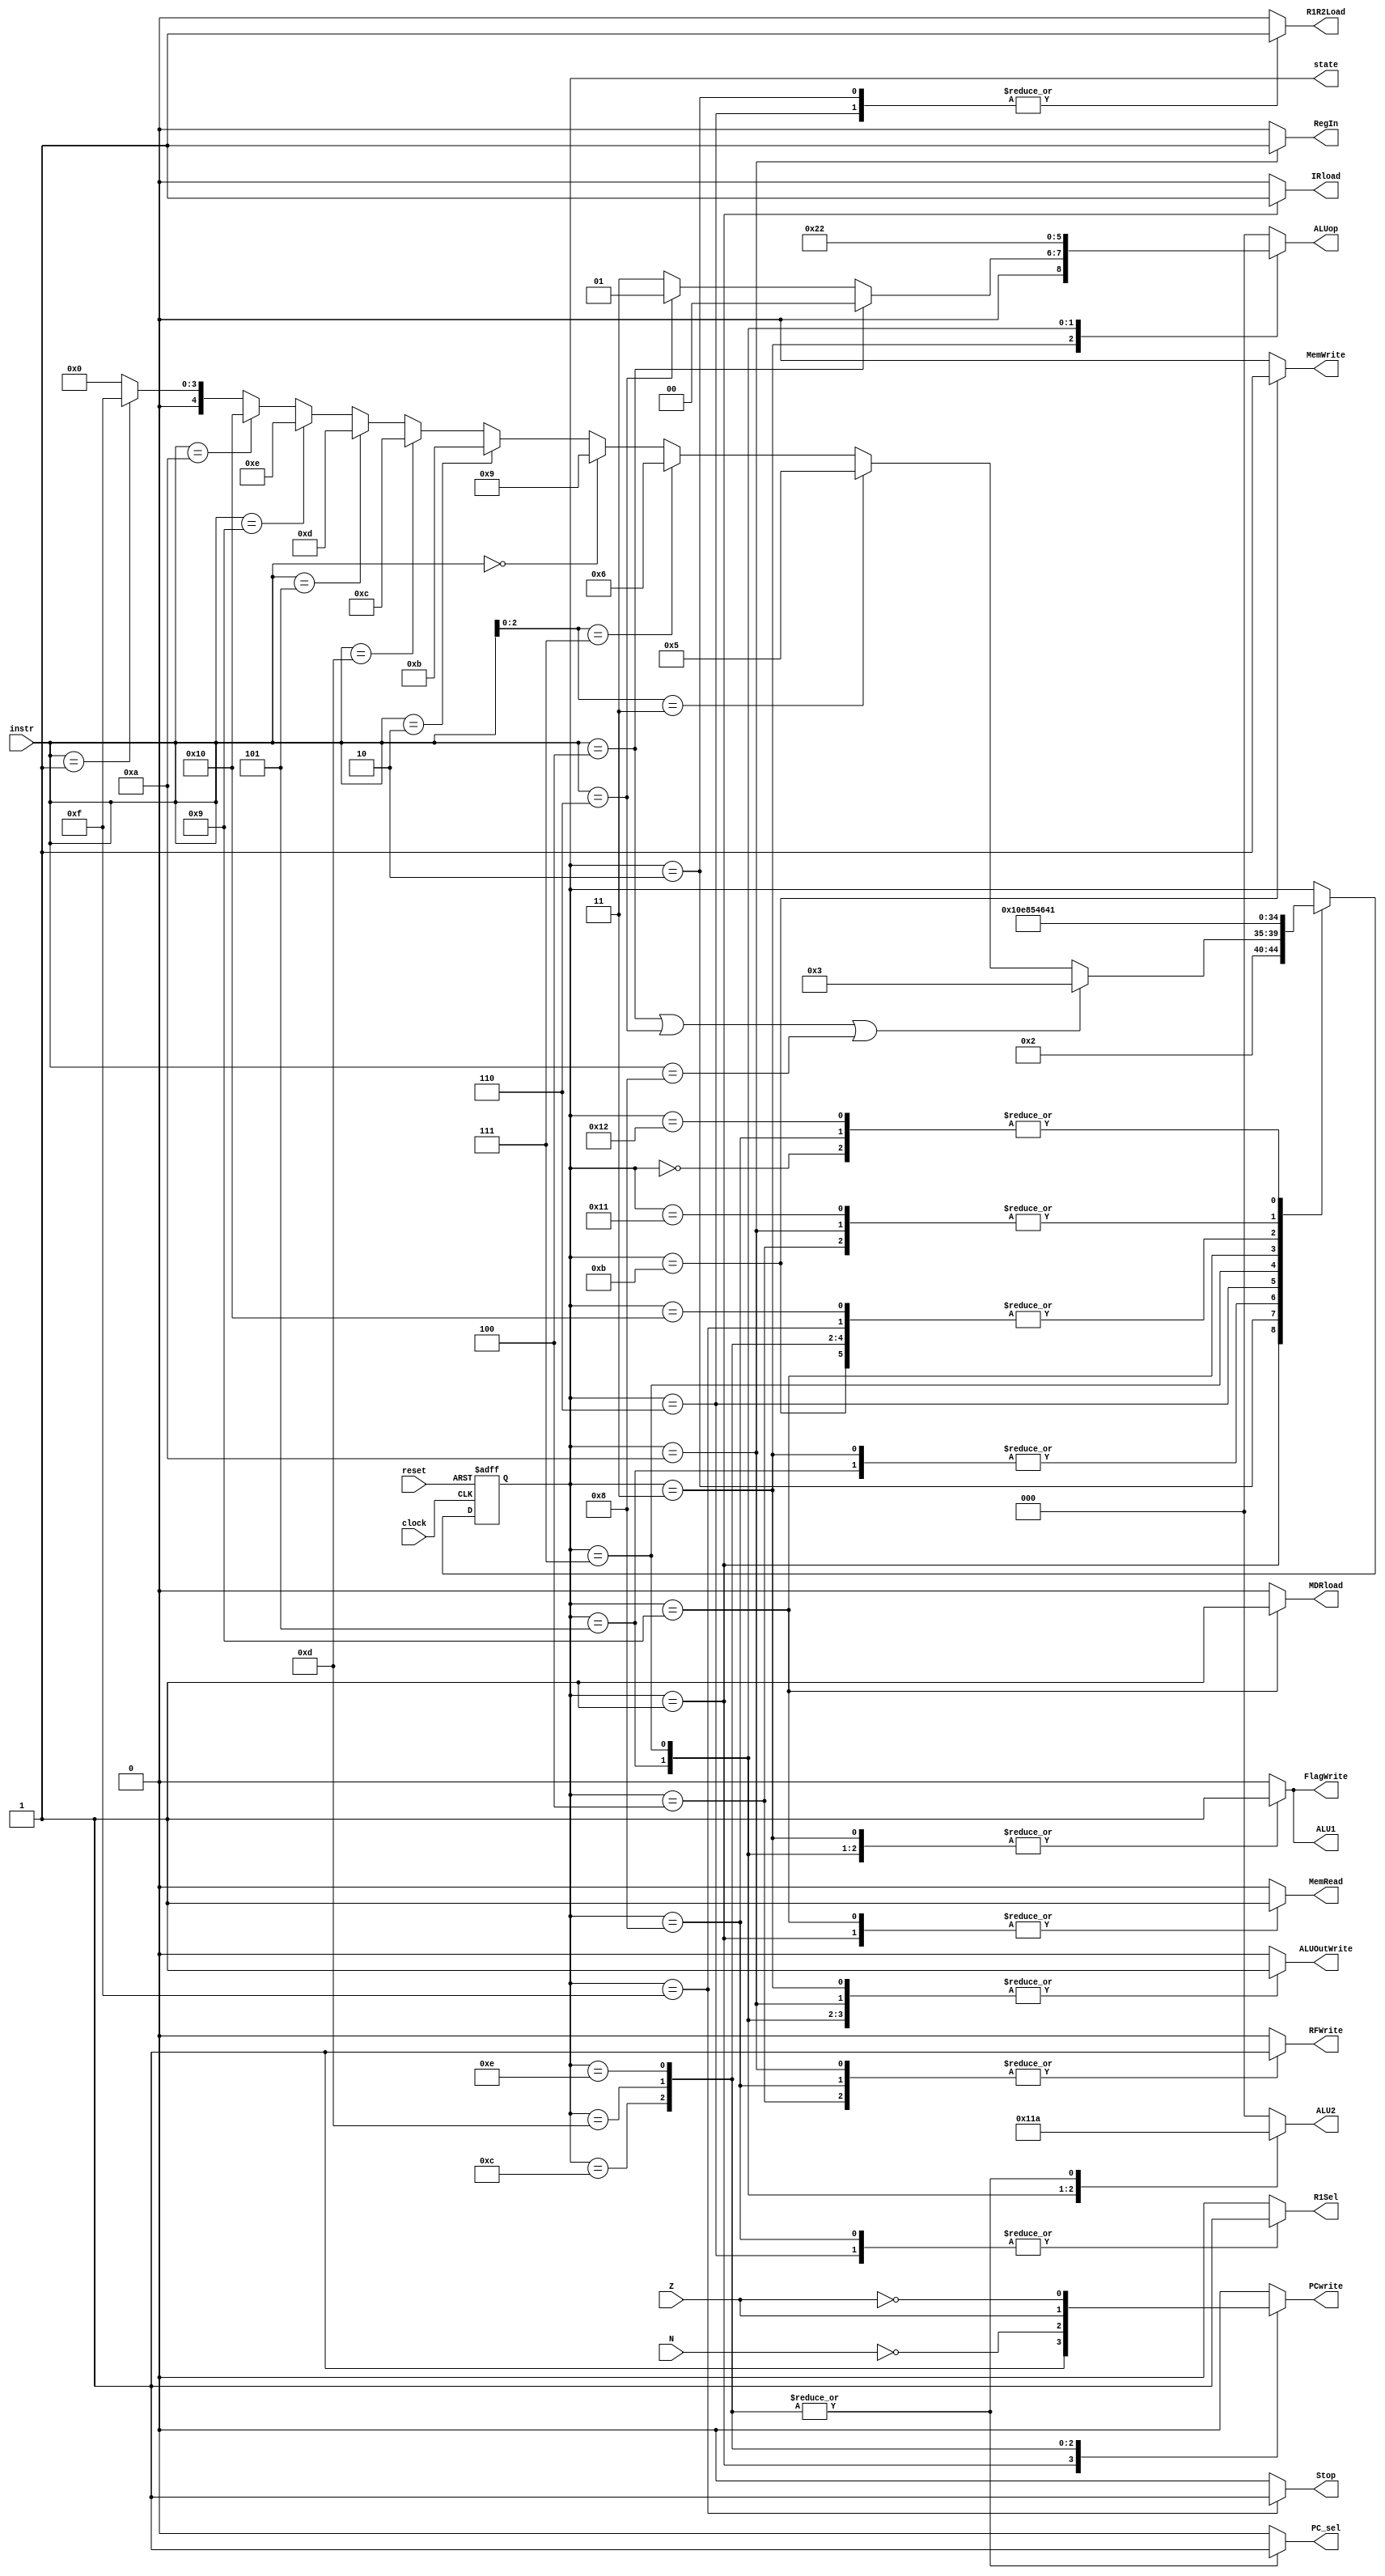
/******************************************************************************
 * Purpose: Implements the control of the multicycle processor. See project
 *    documentation for details.
 * Original file Copyright (c) 2007 by University of Toronto ECE 243
 * development team.
 *****************************************************************************/

module FSM (
    input reset, clock, N, Z,
    input [3:0] instr,
    output reg [4:0] state,
    output reg PCwrite, PC_sel, MemRead, MemWrite, IRload, R1Sel, MDRload, 
    output reg R1R2Load, ALU1, ALUOutWrite, RFWrite, RegIn, FlagWrite, Stop,
    output reg [2:0] ALU2, ALUop);

  /* The 4 bit number representing the state of the control. */
  //reg [4:0] state;
 
  /* state constants (note: asn = add/sub/nand, asnsh = add/sub/nand/shift) */
  parameter [4:0] reset_s = 0, c1 = 1, c2 = 2, c3_asn = 3, c4_asnsh = 4,
     c3_shift = 5, c3_ori = 6, c4_ori = 7, c5_ori = 8, c3_load = 9,
     c4_load = 10, c3_store = 11, c3_bpz = 12, c3_bz = 13, c3_bnz = 14, c3_stop = 15,
     c3_dummy = 16, c4_dummy = 17, c5_dummy = 18;
  
  /* Define constants for the different possible opcodes. */
  parameter [2:0] i_shift = 3, i_ori = 7;
  parameter [3:0] i_add = 4, i_subtract = 6, i_nand = 8, i_load = 0,
	  i_store = 2, i_bpz = 13, i_bz = 5, i_bnz = 9, i_nop = 10, i_stop = 1;

  /* Define constants for different ALU operation modes. */
  parameter [2:0] ALUop_add = 3'b000, ALUop_sub = 3'b001, ALUop_or = 3'b010,
      ALUop_nand = 3'b011, ALUop_shift = 3'b100;

  /* Define constants for the ALU1 mux inputs. */
  parameter [2:0] ALU2_R2 = 3'b000, ALU2_1 = 3'b001, ALU2_IMM4 = 3'b010,
      ALU2_IMM5 = 3'b011, ALU2_IMM3 = 3'b100;

  /* determines the next state based upon the current state; supports
   * asynchronous reset.
   */
  always @(posedge clock or posedge reset) begin
    if (reset)
      state = reset_s;
    else begin
      case(state)
        reset_s: state = c1; // reset state
        c1: state = c2; // cycle 1
        c2: begin // cycle 2
          if(instr == i_add | instr == i_subtract | instr == i_nand)
            state = c3_asn;
          else if(instr[2:0] == i_shift) state = c3_shift;
          else if(instr[2:0] == i_ori) state = c3_ori;
          else if(instr == i_load) state = c3_load;
          else if(instr == i_store) state = c3_store;
          else if(instr == i_bpz) state = c3_bpz;
          else if(instr == i_bz) state = c3_bz;
          else if(instr == i_bnz) state = c3_bnz;
			 else if(instr == i_nop) state = c3_dummy;
			 else if(instr == i_stop) state = c3_stop;
          else state = 0;
        end
        c3_asn: state = c4_asnsh; // cycle 3: ADD SUB NAND
        c4_asnsh: state = c5_dummy; // cycle 4: ADD SUB NAND/SHIFT
        c3_shift: state = c4_asnsh; // cycle 3: SHIFT
        c3_ori: state = c4_ori; // cycle 3: ORI
        c4_ori: state = c5_ori; // cycle 4: ORI
        c5_ori: state = c1; // cycle 5: ORI
        c3_load: state = c4_load; // cycle 3: LOAD
        c4_load: state = c5_dummy; // cycle 4: LOAD
        c3_store: state = c4_dummy; // cycle 3: STORE
        c3_bpz: state = c4_dummy; // cycle 3: BPZ
        c3_bz: state = c4_dummy; // cycle 3: BZ
        c3_bnz: state = c4_dummy; // cycle 3: BNZ
		  c3_stop: state = c4_dummy; // cycle 3: STOP
      c3_dummy: state = c4_dummy; // cycle 3: ANY
      c4_dummy: state = c5_dummy; // cycle 4: ANY
      c5_dummy: state = c1; // cycle 5: ANY
      endcase
    end
  end

  /* Set the control sequences based upon the current state and instruction. */
  always @(*) begin
    case (state)
      reset_s: begin //control = 19'b0000000000000000000;
        PC_sel = 0;
        PCwrite = 0;
        MemRead = 0;
        MemWrite = 0;
        IRload = 0;
        R1Sel = 0;
        MDRload = 0;
        R1R2Load = 0;
        ALU1 = 0;
        ALU2 = ALU2_R2;
        ALUop = ALUop_add;
        ALUOutWrite = 0;
        RFWrite = 0;
        RegIn = 0;
        FlagWrite = 0;
		  Stop = 0;
      end     
      c1: begin  //control = 19'b1110100000010000000;
        PC_sel = 0;
        PCwrite = 1;
        MemRead = 1;
        MemWrite = 0;
        IRload = 1;
        R1Sel = 0;
        MDRload = 0;
        R1R2Load = 0;
        ALU1 = 0;
        ALU2 = ALU2_R2;
        ALUop = ALUop_add;
        ALUOutWrite = 0;
        RFWrite = 0;
        RegIn = 0;
        FlagWrite = 0;
		  Stop = 0;
      end 
      c2: begin //control = 19'b0000000100000000000;
        PC_sel = 0;
        PCwrite = 0;
        MemRead = 0;
        MemWrite = 0;
        IRload = 0;
        R1Sel = 0;
        MDRload = 0;
        R1R2Load = 1;
        ALU1 = 0;
        ALU2 = ALU2_R2;
        ALUop = ALUop_add;
        ALUOutWrite = 0;
        RFWrite = 0;
        RegIn = 0;
        FlagWrite = 0;
		  Stop = 0;
      end
      c3_asn:  begin
        if (instr == i_add) begin // add, control = 19'b0000000010000001001;
          PC_sel = 0;
          PCwrite = 0;
          MemRead = 0;
          MemWrite = 0;
          IRload = 0;
          R1Sel = 0;
          MDRload = 0;
          R1R2Load = 0;
          ALU1 = 1;
          ALU2 = ALU2_R2;
          ALUop = ALUop_add;
          ALUOutWrite = 1;
          RFWrite = 0;
          RegIn = 0;
          FlagWrite = 1;
			 Stop = 0;
        end 
        else if (instr == i_subtract) begin //sub, ctl = 19'b0000000010000011001;
          PC_sel = 0;
          PCwrite = 0;
          MemRead = 0;
          MemWrite = 0;
          IRload = 0;
          R1Sel = 0;
          MDRload = 0;
          R1R2Load = 0;
          ALU1 = 1;
          ALU2 = ALU2_R2;
          ALUop = ALUop_sub;
          ALUOutWrite = 1;
          RFWrite = 0;
          RegIn = 0;
          FlagWrite = 1;
			 Stop = 0;
        end
        else begin // nand, control = 19'b0000000010000111001;
          PC_sel = 0;
          PCwrite = 0;
          MemRead = 0;
          MemWrite = 0;
          IRload = 0;
          R1Sel = 0;
          MDRload = 0;
          R1R2Load = 0;
          ALU1 = 1;
          ALU2 = ALU2_R2;
          ALUop = ALUop_nand;
          ALUOutWrite = 1;
          RFWrite = 0;
          RegIn = 0;
          FlagWrite = 1;
			 Stop = 0;
        end
      end
      c3_shift: begin //control = 19'b0000000011001001001;
        PC_sel = 0;
        PCwrite = 0;
        MemRead = 0;
        MemWrite = 0;
        IRload = 0;
        R1Sel = 0;
        MDRload = 0;
        R1R2Load = 0;
        ALU1 = 1;
        ALU2 = ALU2_IMM3;
        ALUop = ALUop_shift;
        ALUOutWrite = 1;
        RFWrite = 0;
        RegIn = 0;
        FlagWrite = 1;
		  Stop = 0;
      end
      c4_asnsh: begin //control = 19'b0000000000000000100;
        PC_sel = 0;
        PCwrite = 0;
        MemRead = 0;
        MemWrite = 0;
        IRload = 0;
        R1Sel = 0;
        MDRload = 0;
        R1R2Load = 0;
        ALU1 = 0;
        ALU2 = ALU2_R2;
        ALUop = ALUop_add;
        ALUOutWrite = 0;
        RFWrite = 1;
        RegIn = 0;
        FlagWrite = 0;
		  Stop = 0;
      end
      c3_ori: begin //control = 19'b0000010100000000000;
        PC_sel = 0;
        PCwrite = 0;
        MemRead = 0;
        MemWrite = 0;
        IRload = 0;
        R1Sel = 1;
        MDRload = 0;
        R1R2Load = 1;
        ALU1 = 0;
        ALU2 = ALU2_R2;
        ALUop = ALUop_add;
        ALUOutWrite = 0;
        RFWrite = 0;
        RegIn = 0;
        FlagWrite = 0;
		  Stop = 0;
      end
      c4_ori: begin //control = 19'b0000000010110101001;
        PC_sel = 0;
        PCwrite = 0;
        MemRead = 0;
        MemWrite = 0;
        IRload = 0;
        R1Sel = 0;
        MDRload = 0;
        R1R2Load = 0;
        ALU1 = 1;
        ALU2 = ALU2_IMM5;
        ALUop = ALUop_or;
        ALUOutWrite = 1;
        RFWrite = 0;
        RegIn = 0;
        FlagWrite = 1;
		  Stop = 0;
      end
      c5_ori: begin //control = 19'b0000010000000000100;
        PC_sel = 0;
        PCwrite = 0;
        MemRead = 0;
        MemWrite = 0;
        IRload = 0;
        R1Sel = 1;
        MDRload = 0;
        R1R2Load = 0;
        ALU1 = 0;
        ALU2 = ALU2_R2;
        ALUop = ALUop_add;
        ALUOutWrite = 0;
        RFWrite = 1;
        RegIn = 0;
        FlagWrite = 0;
		  Stop = 0;
      end
      c3_load: begin //control = 19'b0010001000000000000;
        PC_sel = 0;
        PCwrite = 0;
        MemRead = 1;
        MemWrite = 0;
        IRload = 0;
        R1Sel = 0;
        MDRload = 1;
        R1R2Load = 0;
        ALU1 = 0;
        ALU2 = ALU2_R2;
        ALUop = ALUop_add;
        ALUOutWrite = 0;
        RFWrite = 0;
        RegIn = 0;
        FlagWrite = 0;
		  Stop = 0;
      end
      c4_load: begin //control = 19'b0000000000000001110;
        PC_sel = 0;
        PCwrite = 0;
        MemRead = 0;
        MemWrite = 0;
        IRload = 0;
        R1Sel = 0;
        MDRload = 0;
        R1R2Load = 0;
        ALU1 = 0;
        ALU2 = ALU2_R2;
        ALUop = ALUop_add;
        ALUOutWrite = 1;
        RFWrite = 1;
        RegIn = 1;
        FlagWrite = 0;
		  Stop = 0;
      end
      c3_store: begin //control = 19'b0001000000000000000;
        PC_sel = 0;
        PCwrite = 0;
        MemRead = 0;
        MemWrite = 1;
        IRload = 0;
        R1Sel = 0;
        MDRload = 0;
        R1R2Load = 0;
        ALU1 = 0;
        ALU2 = ALU2_R2;
        ALUop = ALUop_add;
        ALUOutWrite = 0;
        RFWrite = 0;
        RegIn = 0;
        FlagWrite = 0;
		  Stop = 0;
      end
      c3_bpz: begin //control = {~N,18'b000000000100000000};
        PC_sel = 1;
        PCwrite = ~N;
        MemRead = 0;
        MemWrite = 0;
        IRload = 0;
        R1Sel = 0;
        MDRload = 0;
        R1R2Load = 0;
        ALU1 = 0;
        ALU2 = ALU2_IMM4;
        ALUop = ALUop_add;
        ALUOutWrite = 0;
        RFWrite = 0;
        RegIn = 0;
        FlagWrite = 0;
		  Stop = 0;
      end
      c3_bz: begin //control = {Z,18'b000000000100000000};
        PC_sel = 1;
        PCwrite = Z;
        MemRead = 0;
        MemWrite = 0;
        IRload = 0;
        R1Sel = 0;
        MDRload = 0;
        R1R2Load = 0;
        ALU1 = 0;
        ALU2 = ALU2_IMM4;
        ALUop = ALUop_add;
        ALUOutWrite = 0;
        RFWrite = 0;
        RegIn = 0;
        FlagWrite = 0;
		  Stop = 0;
      end
      c3_bnz: begin //control = {~Z,18'b000000000100000000};
        PC_sel = 1;
        PCwrite = ~Z;
        MemRead = 0;
        MemWrite = 0;
        IRload = 0;
        R1Sel = 0;
        MDRload = 0;
        R1R2Load = 0;
        ALU1 = 0;
        ALU2 = ALU2_IMM4;
        ALUop = ALUop_add;
        ALUOutWrite = 0;
        RFWrite = 0;
        RegIn = 0;
        FlagWrite = 0;
		  Stop = 0;
      end
		c3_stop: begin //control = 19'b0000000000000000001;
        PC_sel = 0;
        PCwrite = 0;
        MemRead = 0;
        MemWrite = 0;
        IRload = 0;
        R1Sel = 0;
        MDRload = 0;
        R1R2Load = 0;
        ALU1 = 0;
        ALU2 = ALU2_R2;
        ALUop = ALUop_add;
        ALUOutWrite = 0;
        RFWrite = 0;
        RegIn = 0;
        FlagWrite = 0;
		  Stop = 1;
      end
    c3_dummy: begin //control = 19'b0000000000000000000;
        PC_sel = 0;
        PCwrite = 0;
        MemRead = 0;
        MemWrite = 0;
        IRload = 0;
        R1Sel = 0;
        MDRload = 0;
        R1R2Load = 0;
        ALU1 = 0;
        ALU2 = ALU2_R2;
        ALUop = ALUop_add;
        ALUOutWrite = 0;
        RFWrite = 0;
        RegIn = 0;
        FlagWrite = 0;
		  Stop = 0;
      end 
    c4_dummy: begin //control = 19'b0000000000000000000;
        PC_sel = 0;
        PCwrite = 0;
        MemRead = 0;
        MemWrite = 0;
        IRload = 0;
        R1Sel = 0;
        MDRload = 0;
        R1R2Load = 0;
        ALU1 = 0;
        ALU2 = ALU2_R2;
        ALUop = ALUop_add;
        ALUOutWrite = 0;
        RFWrite = 0;
        RegIn = 0;
        FlagWrite = 0;
		  Stop = 0;
      end 
    c5_dummy: begin //control = 19'b0000000000000000000;
        PC_sel = 0;
        PCwrite = 0;
        MemRead = 0;
        MemWrite = 0;
        IRload = 0;
        R1Sel = 0;
        MDRload = 0;
        R1R2Load = 0;
        ALU1 = 0;
        ALU2 = ALU2_R2;
        ALUop = ALUop_add;
        ALUOutWrite = 0;
        RFWrite = 0;
        RegIn = 0;
        FlagWrite = 0;
		  Stop = 0;
      end 
      default: begin //control = 19'b0000000000000000000;
        PC_sel = 0;
        PCwrite = 0;
        MemRead = 0;
        MemWrite = 0;
        IRload = 0;
        R1Sel = 0;
        MDRload = 0;
        R1R2Load = 0;
        ALU1 = 0;
        ALU2 = ALU2_R2;
        ALUop = ALUop_add;
        ALUOutWrite = 0;
        RFWrite = 0;
        RegIn = 0;
        FlagWrite = 0;
		  Stop = 0;
      end
    endcase
  end

endmodule